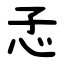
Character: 孞